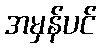
အမှန်ပင်